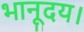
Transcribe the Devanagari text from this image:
भानूदय।